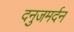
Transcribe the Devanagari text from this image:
दनुजमर्दन